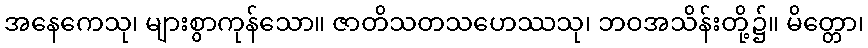
အနေကေသု၊ များစွာကုန်သော။ ဇာတိသတသဟေဿသု၊ ဘဝအသိန်းတို့၌။ မိတ္တော၊